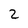
Character: 2